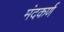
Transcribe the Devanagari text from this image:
मंदकर्ण